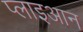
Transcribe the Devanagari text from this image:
प्लाइआन